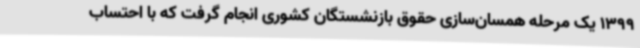
1399 یک مرحله همسان‌سازی حقوق بازنشستگان کشوری انجام گرفت که با احتساب